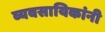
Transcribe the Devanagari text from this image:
व्यवसायिकांनी